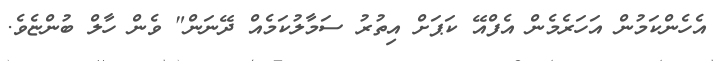
އެހެންކަމުން އަހަރެމެން އެފްއޭ ކަޕަށް އިތުުރު ސަމާލުކަމެއް ދޭނަން" ވެން ހާލް ބުންޏެވެ.